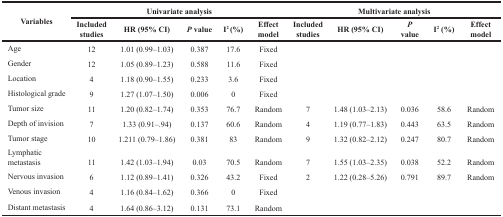
<table><thead><tr><td rowspan="2"><b>Variables</b></td><td colspan="5"><b>Univariate analysis</b></td><td colspan="5"><b>Multivariate analysis</b></td></tr><tr><td><b>Included studies</b></td><td><b>HR (95% CI)</b></td><td><b><i>P</i> value</b></td><td><b>I<sup>2</sup> (%)</b></td><td><b>Effect model</b></td><td><b>Included studies</b></td><td><b>HR (95% CI)</b></td><td><b><i>P</i> value</b></td><td><b>I<sup>2</sup> (%)</b></td><td><b>Effect model</b></td></tr></thead><tbody><tr><td>Age</td><td>12</td><td>1.01 (0.99–1.03)</td><td>0.387</td><td>17.6</td><td>Fixed</td><td></td><td></td><td></td><td></td><td></td></tr><tr><td>Gender</td><td>12</td><td>1.05 (0.89–1.23)</td><td>0.588</td><td>11.6</td><td>Fixed</td><td></td><td></td><td></td><td></td><td></td></tr><tr><td>Location</td><td>4</td><td>1.18 (0.90–1.55)</td><td>0.233</td><td>3.6</td><td>Fixed</td><td></td><td></td><td></td><td></td><td></td></tr><tr><td>Histological grade</td><td>9</td><td>1.27 (1.07–1.50)</td><td>0.006</td><td>0</td><td>Fixed</td><td></td><td></td><td></td><td></td><td></td></tr><tr><td>Tumor size</td><td>11</td><td>1.20 (0.82–1.74)</td><td>0.353</td><td>76.7</td><td>Random</td><td>7</td><td>1.48 (1.03–2.13)</td><td>0.036</td><td>58.6</td><td>Random</td></tr><tr><td>Depth of invision</td><td>7</td><td>1.33 (0.91–.94)</td><td>0.137</td><td>60.6</td><td>Random</td><td>4</td><td>1.19 (0.77–1.83)</td><td>0.443</td><td>63.5</td><td>Random</td></tr><tr><td>Tumor stage</td><td>10</td><td>1.211 (0.79–1.86)</td><td>0.381</td><td>83</td><td>Random</td><td>9</td><td>1.32 (0.82–2.12)</td><td>0.247</td><td>80.7</td><td>Random</td></tr><tr><td>Lymphatic metastasis</td><td>11</td><td>1.42 (1.03–1.94)</td><td>0.03</td><td>70.5</td><td>Random</td><td>7</td><td>1.55 (1.03–2.35)</td><td>0.038</td><td>52.2</td><td>Random</td></tr><tr><td>Nervous invasion</td><td>6</td><td>1.12 (0.89–1.41)</td><td>0.326</td><td>43.2</td><td>Fixed</td><td>2</td><td>1.22 (0.28–5.26)</td><td>0.791</td><td>89.7</td><td>Random</td></tr><tr><td>Venous invasion</td><td>4</td><td>1.16 (0.84–1.62)</td><td>0.366</td><td>0</td><td>Fixed</td><td></td><td></td><td></td><td></td><td></td></tr><tr><td>Distant metastasis</td><td>4</td><td>1.64 (0.86–3.12)</td><td>0.131</td><td>73.1</td><td>Random</td><td></td><td></td><td></td><td></td><td></td></tr></tbody></table>